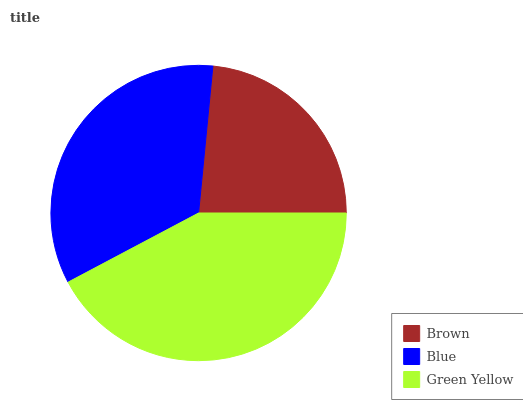
| Brown | Blue | Green Yellow |
 | --- | --- | --- |
 | 23.4% | 34.3% | 42.3% |